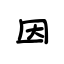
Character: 因